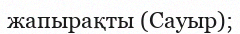
жапырақты (Сауыр);